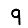
Digit: 9